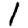
Digit: 1